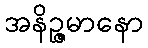
အနိဉ္ဇမာနော